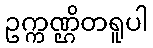
ဥက္ကဏ္ဌိတရူပါ